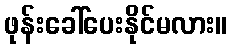
ဖုန်းခေါ်ပေးနိုင်မလား။